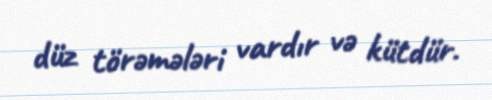
düz törəmələri vardır və kütdür.